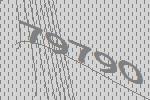
79790